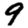
Digit: 9